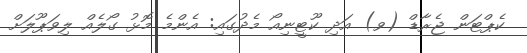
ކެޕްޓަން ޖެރާޑް (ވ) އަދި ކޫޓީނިއޯ މެދުގައި: އެންމެ މޮޅު ގޯލެއް ލިވަޕޫލަށް